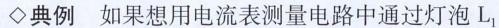
典例 如果想用电流表测量电路中通过灯泡L_{1}